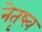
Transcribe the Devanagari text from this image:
नेतृष्त्व